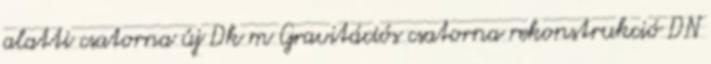
alatti csatorna új Dk m Gravitációs csatorna rekonstrukció DN